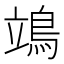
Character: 鴗